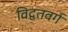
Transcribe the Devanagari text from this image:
विद्वतवर्ग